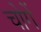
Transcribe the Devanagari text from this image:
चोगें